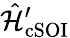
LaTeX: \hat{\mathcal{H}}_{\mathrm{cSOI}}^{\prime}